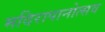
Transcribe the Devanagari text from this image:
मदिरापानोत्सव